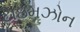
ટાઇમઝોન